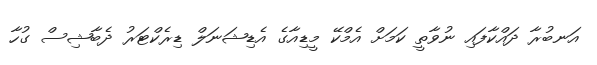
އަނބުރާ ދައްކާފައި ނުވާތީ ކަމަށް އެމްކޭ މީޑިއާގެ އެޑިޝަނަލް ޑިރެކްޓަރު ދެބާޝިސް ގުހާ